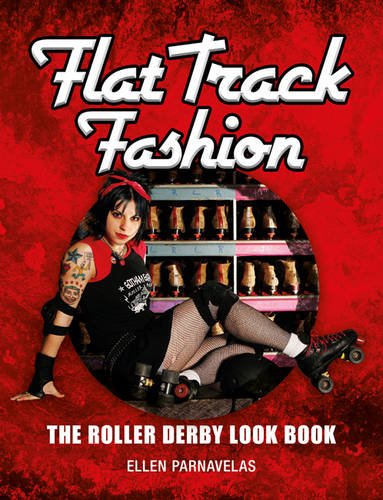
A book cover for Flat Track Fashion: The Roller Derby Look Book; Ellen Parnavelas; Sports & Outdoors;